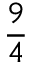
\frac 9 4